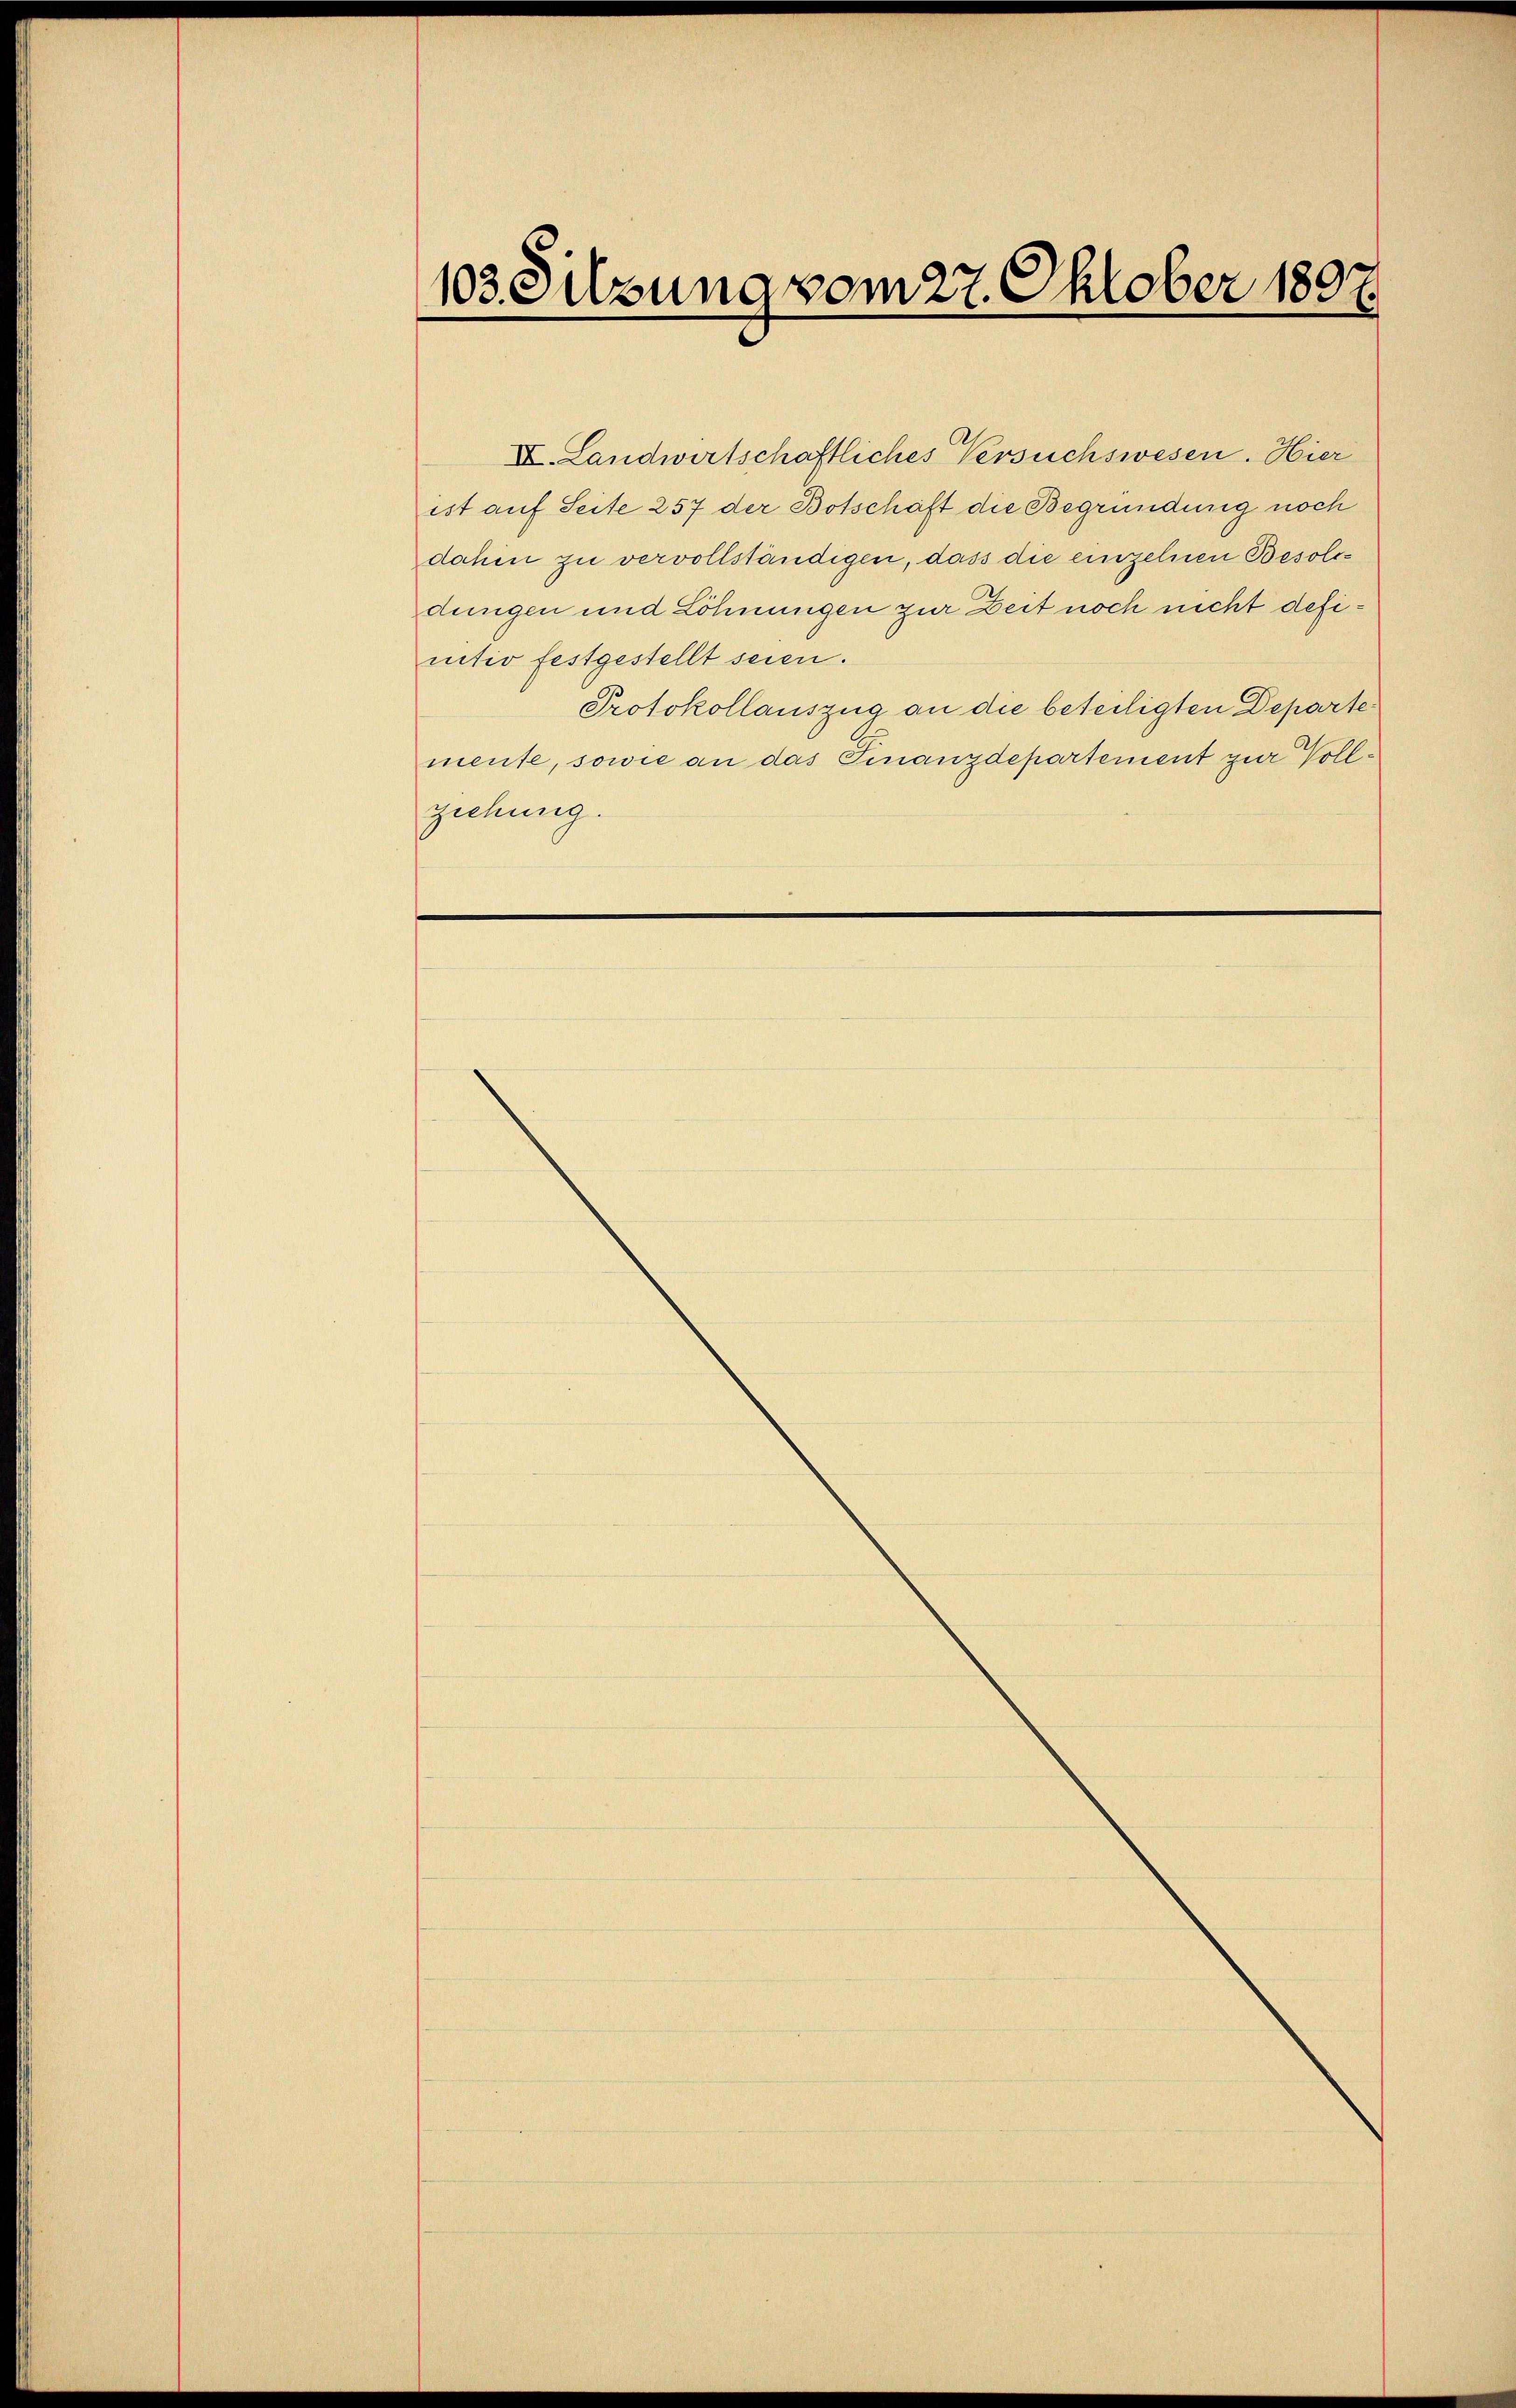
103. Sitzung vom 27. Oktober 1897.

II. Landwirtschaftliches Versuchswesen. Hier
ist auf Seite 257 der Botschaft die Begründung noch
dahin zu vervollständigen, dass die einzelnen Besoldungen und Löhnungen zur Zeit noch nicht definitiv festgestellt seien.
Protokollauszug an die beteiligten Departe
mente, sowie an das Finanzdepartement zur Vollziehung.